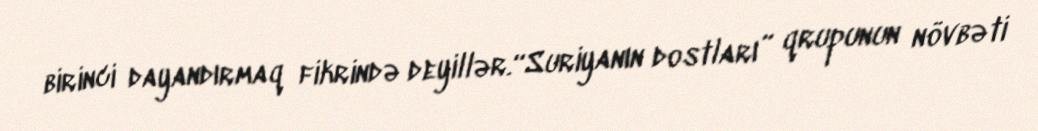
birinci dayandırmaq fikrində deyillər.“Suriyanın dostları” qrupunun növbəti